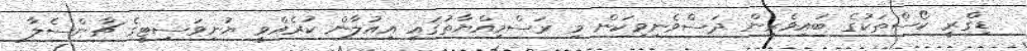
ޑިގްރީ ކޯސްތަކުގެ ބައިވެރިން ދަސްވެނިވިކަން މި ރަސްމިއްޔާތުގައި އިއުލާން ކުރެއްވީ ޔުނިވަސިޓީގެ ޗާންސެލާ